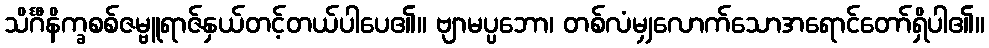
သိင်္ဂီနိက္ခစစ်ဇမ္ဗူရာဇ်နှယ်တင့်တယ်ပါပေ၏။ ဗျာမပ္ပဘော၊ တစ်လံမျှလောက်သောအရောင်တော်ရှိပါ၏။